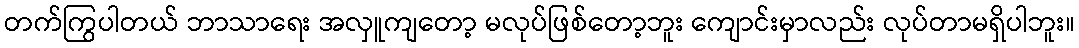
တက်ကြွပါတယ် ဘာသာရေး အလှူကျတော့ မလုပ်ဖြစ်တော့ဘူး ကျောင်းမှာလည်း လုပ်တာမရှိပါဘူး။